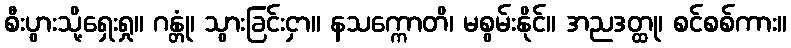
စီးပွားသို့ရှေးရှု။ ဂန္တုံ၊ သွားခြင်းငှာ။ နသက္ကောတိ၊ မစွမ်းနိုင်။ အညဒတ္ထု၊ စင်စစ်ကား။